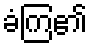
ခံကြ၏